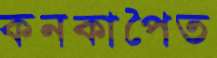
কনকাপৈত